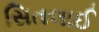
સિતલાઈ